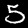
Digit: 5